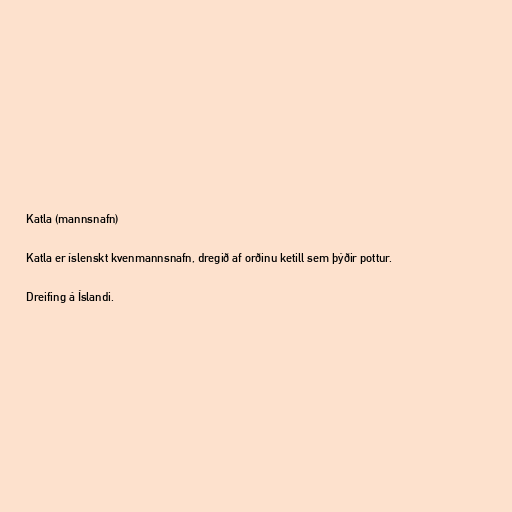
Katla (mannsnafn)

Katla er íslenskt kvenmannsnafn, dregið af orðinu ketill sem þýðir pottur.

Dreifing á Íslandi.